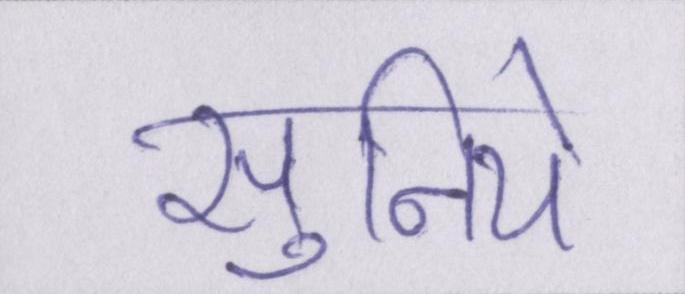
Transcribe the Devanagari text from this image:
सुनिये